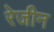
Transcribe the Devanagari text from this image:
रेजीन